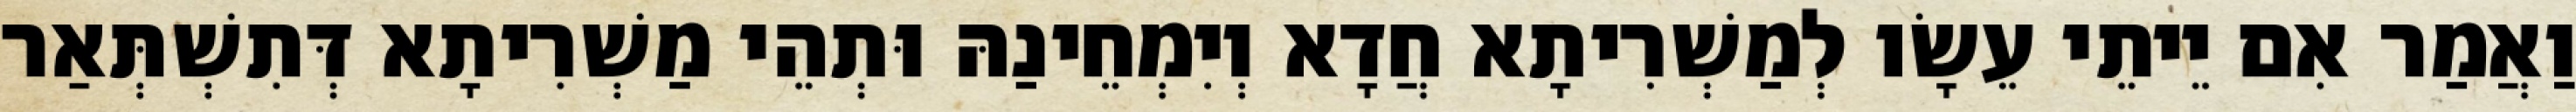
וַאֲמַר אִם יֵיתֵי עֵשָׂו לְמַשְׁרִיתָא חֲדָא וְיִמְחֵינַהּ וּתְהֵי מַשְׁרִיתָא דְּתִשְׁתְּאַר